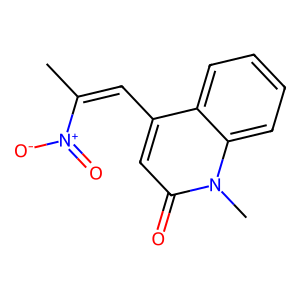
SMILES: CC(=Cc1cc(=O)n(C)c2ccccc12)[N+](=O)[O-]
Inhibits HIV replication: No